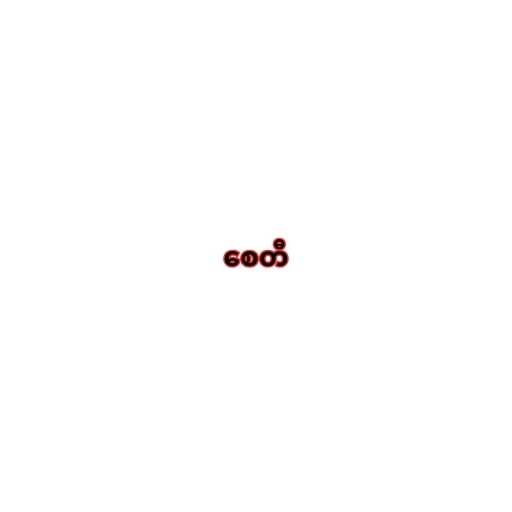
စေတီ